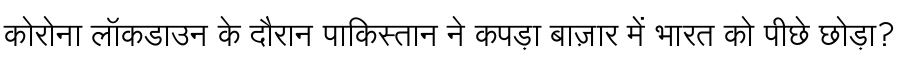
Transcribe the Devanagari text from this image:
कोरोना लॉकडाउन के दौरान पाकिस्तान ने कपड़ा बाज़ार में भारत को पीछे छोड़ा?